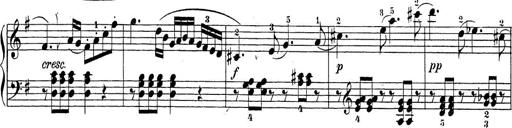
Title: Sonatina Album
Composer: Louis KÃ¶hler